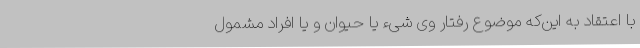
با اعتقاد به این‌که موضوع رفتار وی شیء یا حیوان و یا افراد مشمول